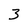
Character: 3